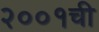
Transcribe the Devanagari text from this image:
२००१ची